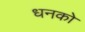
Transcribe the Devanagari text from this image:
धनको